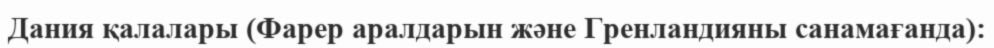
Дания қалалары (Фарер аралдарын және Гренландияны санамағанда):